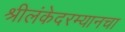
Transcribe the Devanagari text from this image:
श्रीलंकेदरम्यानचा